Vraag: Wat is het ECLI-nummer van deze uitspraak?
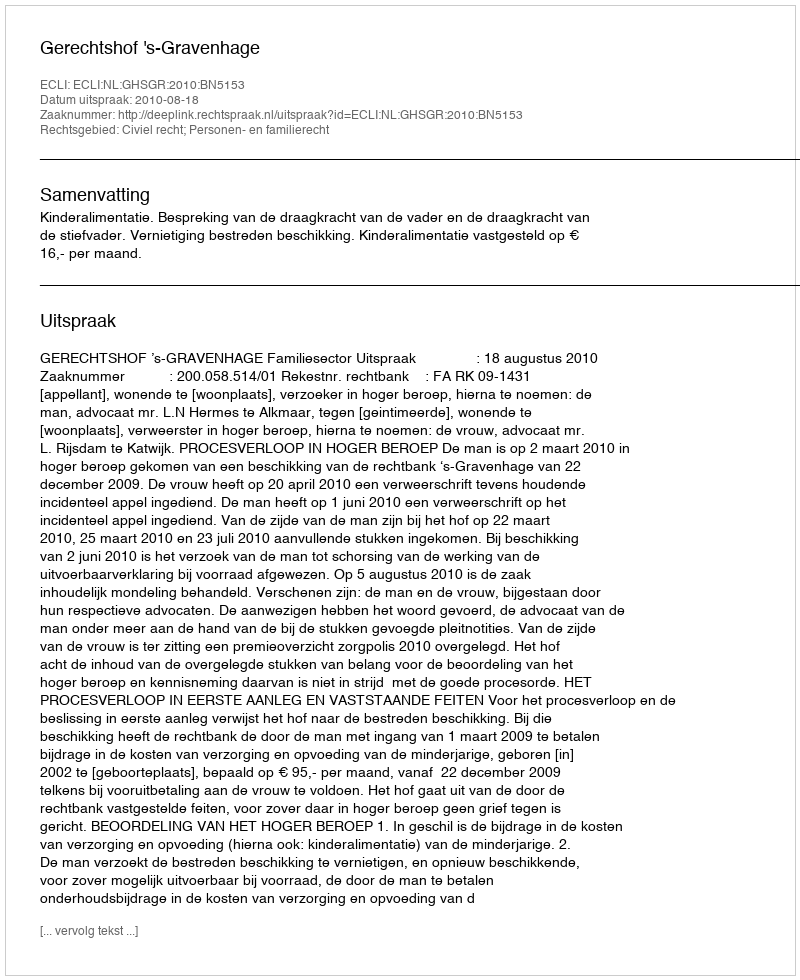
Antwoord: ECLI:NL:GHSGR:2010:BN5153